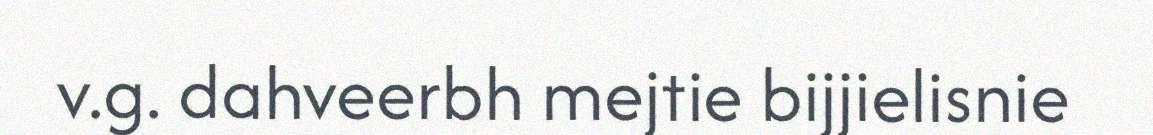
v.g. dahveerbh mejtie bijjielisnie